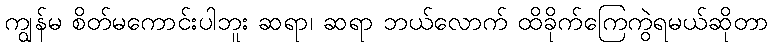
ကျွန်မ စိတ်မကောင်းပါဘူး ဆရာ၊ ဆရာ ဘယ်လောက် ထိခိုက်ကြေကွဲရမယ်ဆိုတာ